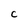
Character: C